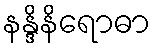
နန္ဒိနိရောဓာ